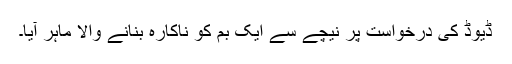
ڈیوڈ کی درخواست پر نیچے سے ایک بم کو ناکارہ بنانے والا ماہر آیا۔